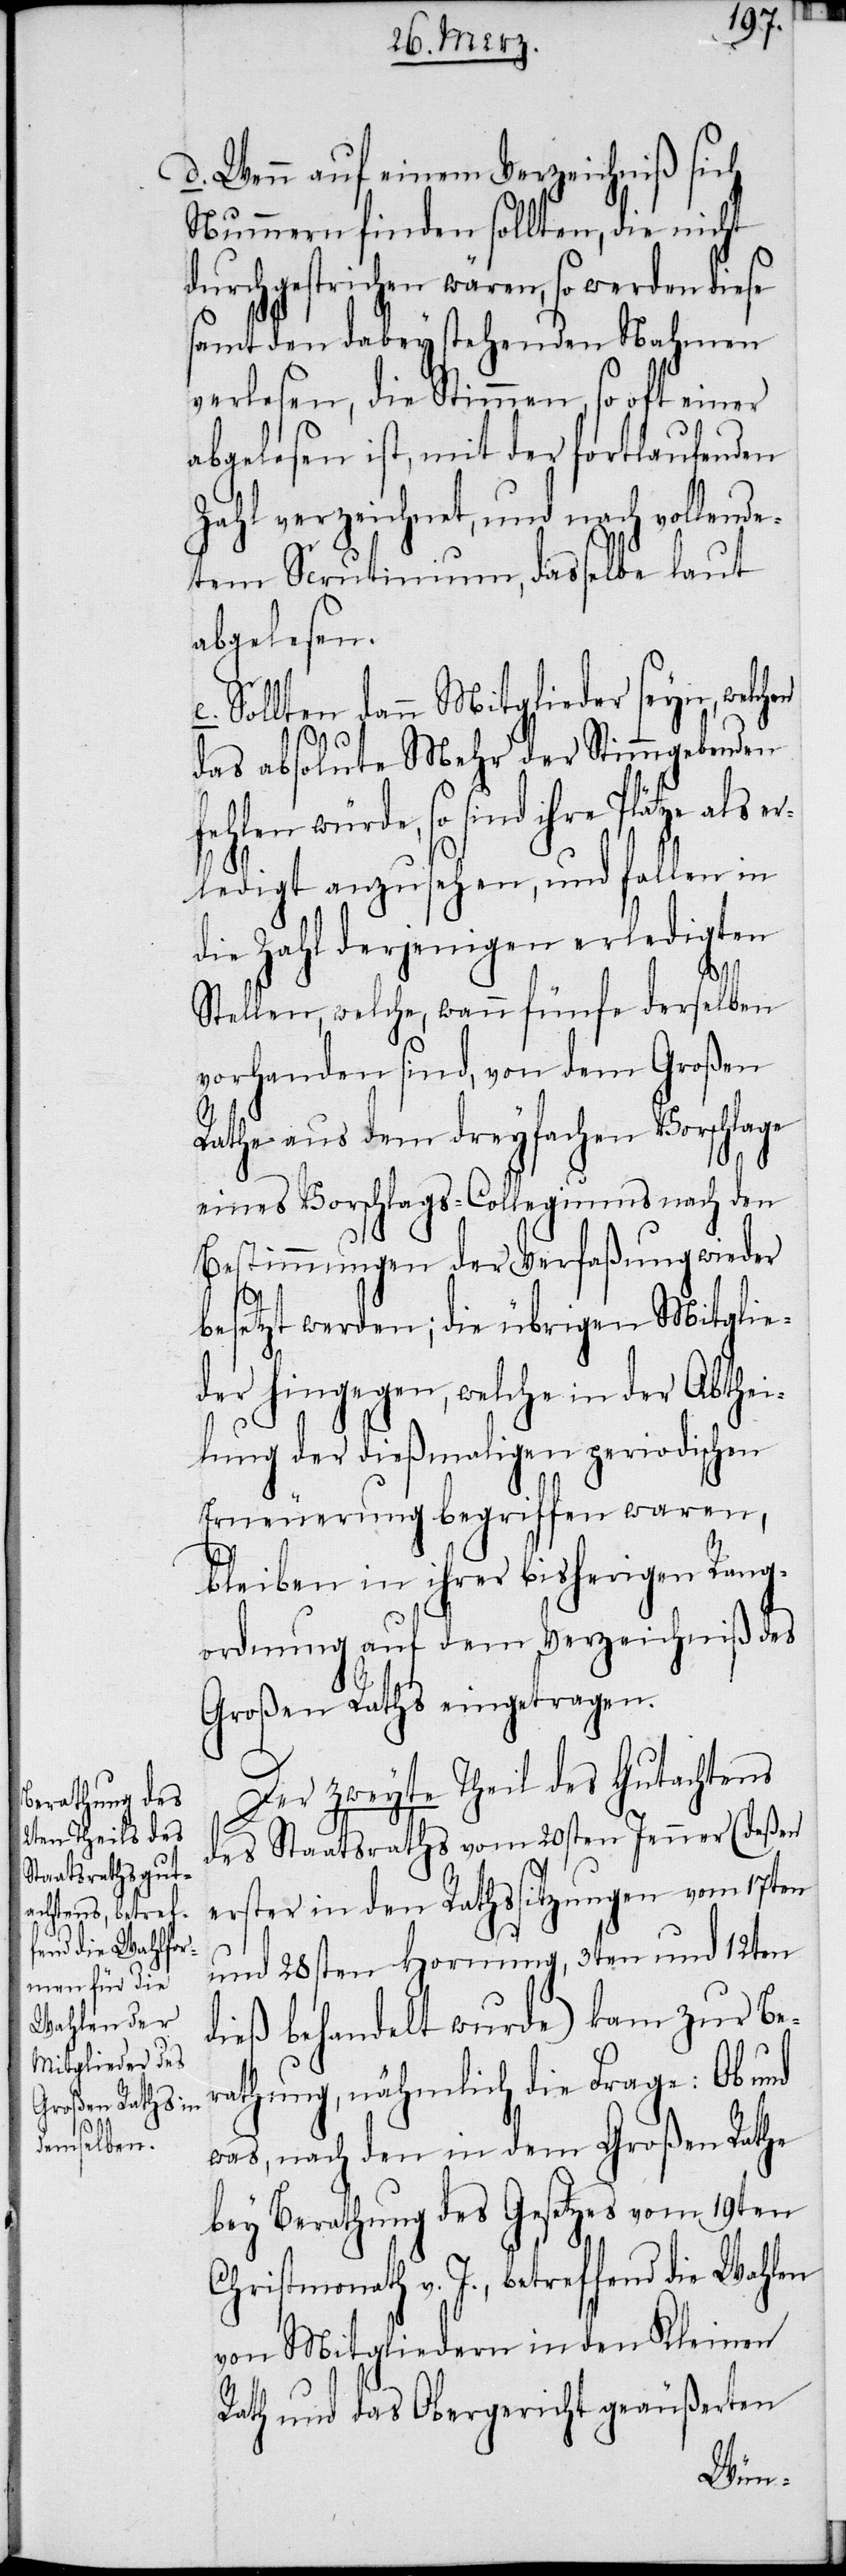
d. Wenn auf einem Verzeichniß sich
Nummern finden sollten, die nicht
durchgestrichen wären, so werden diese
samt den dabey stehenden Nahmen
verlesen, die Stimmen, so oft einer
abgelesen ist, mit der fortlaufenden
Zahl verzeichnet, und nach vollende¬
tem Scrutinium, dasselbe laut
abgelesen.
Sollten dann Mitglieder seyn, welchen
das absolute Mehr der Stimmgebenden
fehlen würde, so sind ihre Plätze als
erledigt anzusehen, und fallen in
die Zahl derjenigen erledigten
Stellen, welche, wann fünfe derselben
vorhanden sind, von dem Großen
Rathe aus dem dreyfachen Vorschlage
eines Vorschlags-Collegiums nach den
Bestimmungen der Verfaßung wieder
besetzt werden; die übrigen Mitglie¬
der hingegen, welche in der Abthei¬
lung der dießmaligen periodischen
Erneuerung begriffen waren,
bleiben in ihrer bisherigen Rang¬
ordnung auf dem Verzeichniß des
Großen Raths eingetragen.
Der zweyte Theil des Gutachtens
des Staatsraths vom 20sten Jenner (deßen
erster in den Rathssitzungen vom 17ten
und 28sten Hornung, 3ten und 12ten
dieß behandelt wurde) kam zur Be¬
rathung, nähmlich die Frage: Ob und
was, nach den in dem Großen Rathe
bey Berathung des Gesetzes vom 19ten
Christmonath v. J., betreffend die Wahlen
von Mitgliedern in den Kleinen
Rath und das Obergericht geäußerten